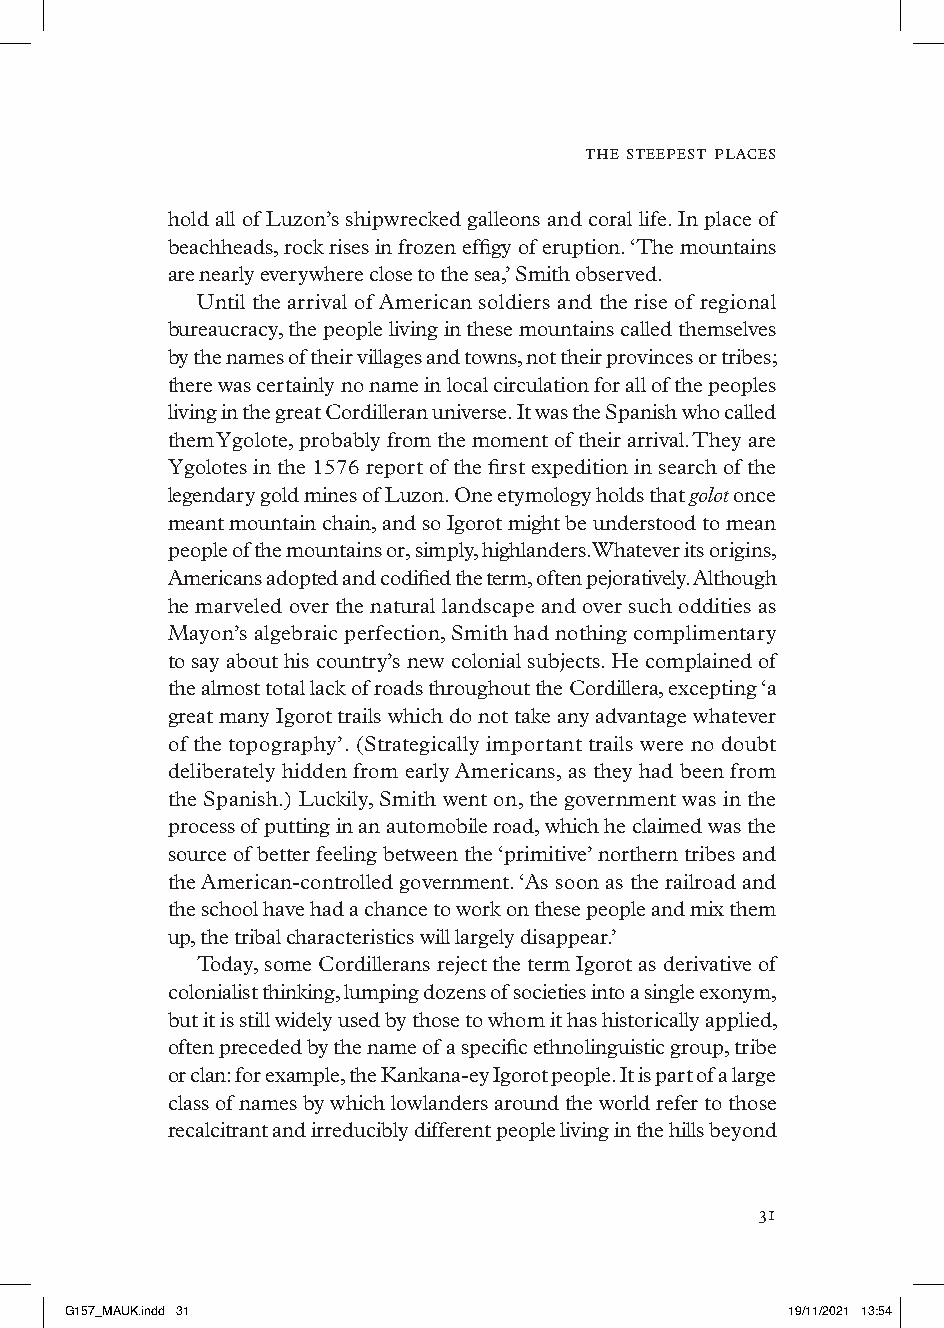
the steepest places
 hold all of Luzon’s shipwrecked galleons and coral life. In place of
 beachheads, rock rises in frozen effigy of eruption. ‘The mountains
 are nearly everywhere close to the sea,’ Smith observed.
 Until the arrival of American soldiers and the rise of regional
 bureaucracy, the people living in these mountains called themselves
 by the names of their villages and towns, not their provinces or tribes;
 there was certainly no name in local circulation for all of the peoples
 living in the great Cordilleran universe. It was the Spanish who called
 them Ygolote, probably from the moment of their arrival. They are
 Ygolotes in the 1576 report of the first expedition in search of the
 legendary gold mines of Luzon. One etymology holds that golot once
 meant mountain chain, and so Igorot might be understood to mean
 people of the mountains or, simply, highlanders. Whatever its origins,
 Americans adopted and codified the term, often pejoratively. Although
 he marveled over the natural landscape and over such oddities as
 Mayon’s algebraic perfection, Smith had nothing complimentary
 to say about his country’s new colonial subjects. He complained of
 the almost total lack of roads throughout the Cordillera, excepting ‘a
 great many Igorot trails which do not take any advantage whatever
 of the topography’. (Strategically important trails were no doubt
 deliberately hidden from early Americans, as they had been from
 the Spanish.) Luckily, Smith went on, the government was in the
 process of putting in an automobile road, which he claimed was the
 source of better feeling between the ‘primitive’ northern tribes and
 the American-controlled government. ‘As soon as the railroad and
 the school have had a chance to work on these people and mix them
 up, the tribal characteristics will largely disappear.’
 Today, some Cordillerans reject the term Igorot as derivative of
 colonialist thinking, lumping dozens of societies into a single exonym,
 but it is still widely used by those to whom it has historically applied,
 often preceded by the name of a specific ethnolinguistic group, tribe
 or clan: for example, the Kankana-ey Igorot people. It is part of a large
 class of names by which lowlanders around the world refer to those
 recalcitrant and irreducibly different people living in the hills beyond
 
 GG115577__MMAAUUKK..iinndddd 3311               1199//1111//22002211 1133::5544